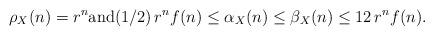
LaTeX: \begin{align*}\rho_X(n) = r^n {\rm and} (1/2)\, r^n f(n) \leq \alpha_X(n) \leq \beta_X(n) \leq 12\, r^n f(n). \end{align*}